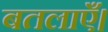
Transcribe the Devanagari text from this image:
बतलाएँ।